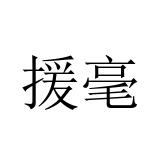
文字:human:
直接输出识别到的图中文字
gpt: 援毫